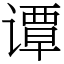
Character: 谭